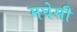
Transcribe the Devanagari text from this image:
मघेसी